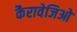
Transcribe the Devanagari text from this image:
कैरावेजिओ